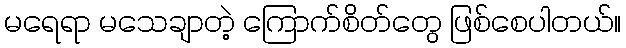
မရေရာ မသေချာတဲ့ ကြောက်စိတ်တွေ ဖြစ်စေပါတယ်။